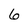
Character: 6